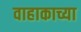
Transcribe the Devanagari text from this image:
वाहाकाच्या